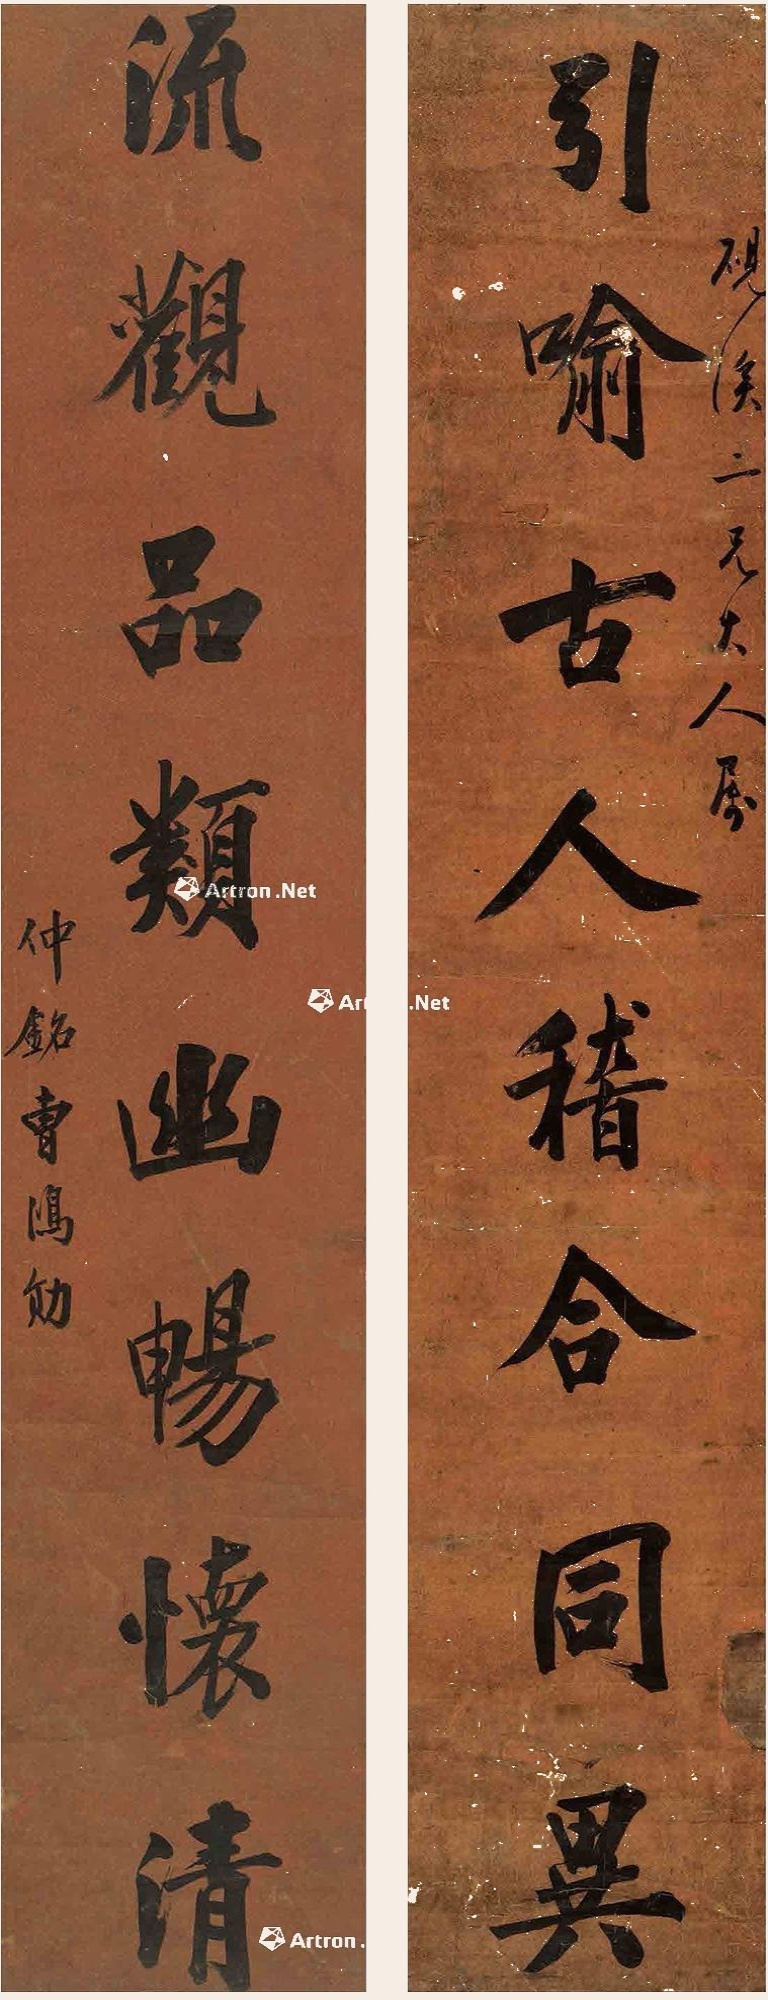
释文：引喻古人稽合同异，流观品类幽畅怀清。砚溪二兄大人属，仲铭曹鸿勋。